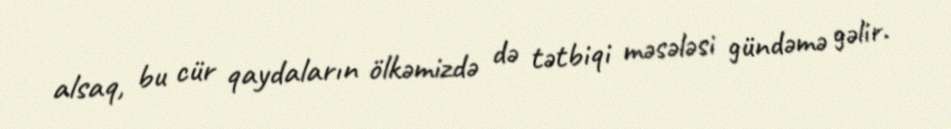
alsaq, bu cür qaydaların ölkəmizdə də tətbiqi məsələsi gündəmə gəlir.